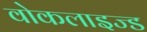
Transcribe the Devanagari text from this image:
वोकलाइज्ड